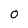
Character: 0